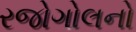
રજોગોલનો